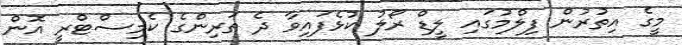
މީގެ އިތުރުން ފިލްމުގައި ލީޑް ރޯލު ކުޅެފައިވާ ދެ ތަރިންގެ ކެމިސްޓްރީ އޮން